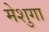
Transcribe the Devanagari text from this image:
मेशुगा